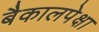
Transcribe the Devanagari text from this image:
बैकालपेक्षा